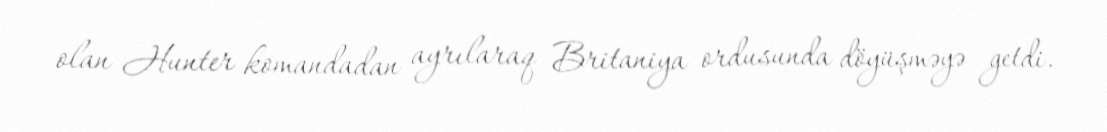
olan Hunter komandadan ayrılaraq Britaniya ordusunda döyüşməyə getdi.